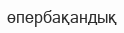
өпербақандық